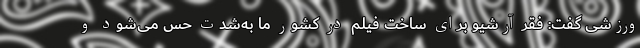
ورزشی گفت: فقر آرشیو برای ساخت فیلم در کشور ما به‌شدت حس می‌شود و